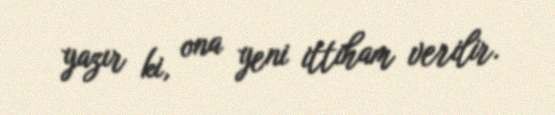
yazır ki, ona yeni ittiham verilir.